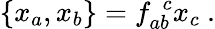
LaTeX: \{ x_{a},x_{b}\} =f_{ab}^{~~c}x_{c}~.